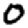
Digit: 0